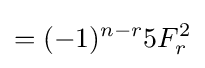
=(-1)^{n-r}5F_{r}^{2}